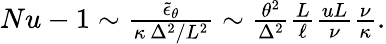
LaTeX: \begin{array}{r}{Nu-1\sim\frac{\widetilde\epsilon_{\theta}}{\kappa\, \Delta^{2}/L^{2}}\sim\frac{\theta^{2}}{\Delta^{2}}\frac{L}{\ell}\frac{uL}{\nu}\frac{\nu}{\kappa}.}\end{array}